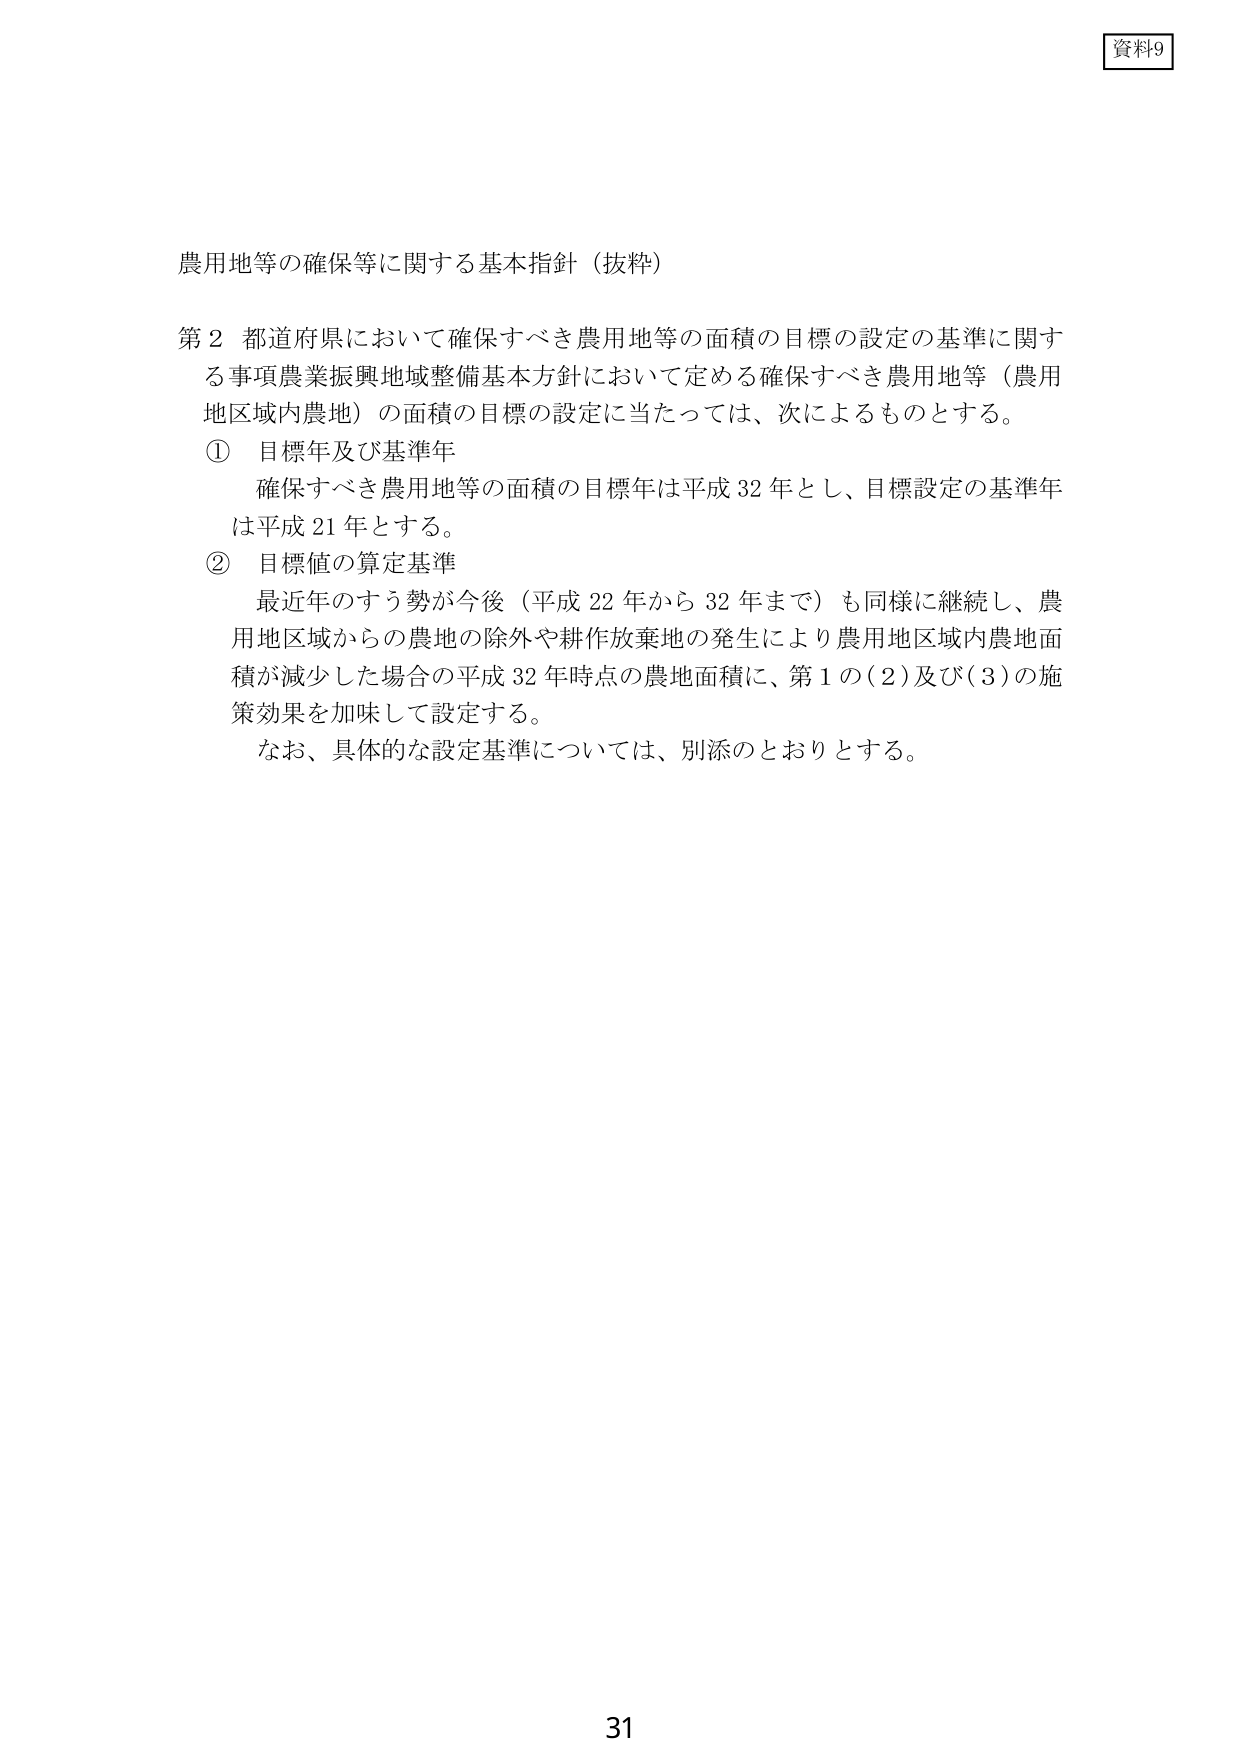
資料9

農用地等の確保等に関する基本指針（抜粋）

第2 都道府県において確保すべき農用地等の面積の目標の設定の基準に関する事項農業振興地域整備基本方針において定める確保すべき農用地等（農用地区域内農地）の面積の目標の設定に当たっては、次によるものとする。

① 目標年及び基準年
確保すべき農用地等の面積の目標年は平成32年とし、目標設定の基準年は平成21年とする。

② 目標値の算定基準
最近年のすう勢が今後（平成22年から32年まで）も同様に継続し、農用地区域からの農地の除外や耕作放棄地の発生により農用地区域内農地面積が減少した場合の平成32年時点の農地面積に、第1の(2)及び(3)の施策効果を加味して設定する。
なお、具体的な設定基準については、別添のとおりとする。

31